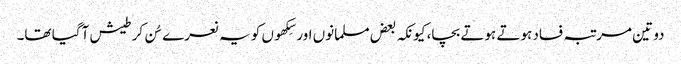
دو تین مرتبہ فساد ہوتے ہوتے بچا، کیونکہ بعض مسلمانوں اور سِکھوں کو یہ نعرے سُن کر طیش آگیا تھا۔